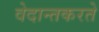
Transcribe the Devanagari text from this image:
वेदान्तकरते